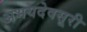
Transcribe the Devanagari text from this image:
अभयदेवसूरी